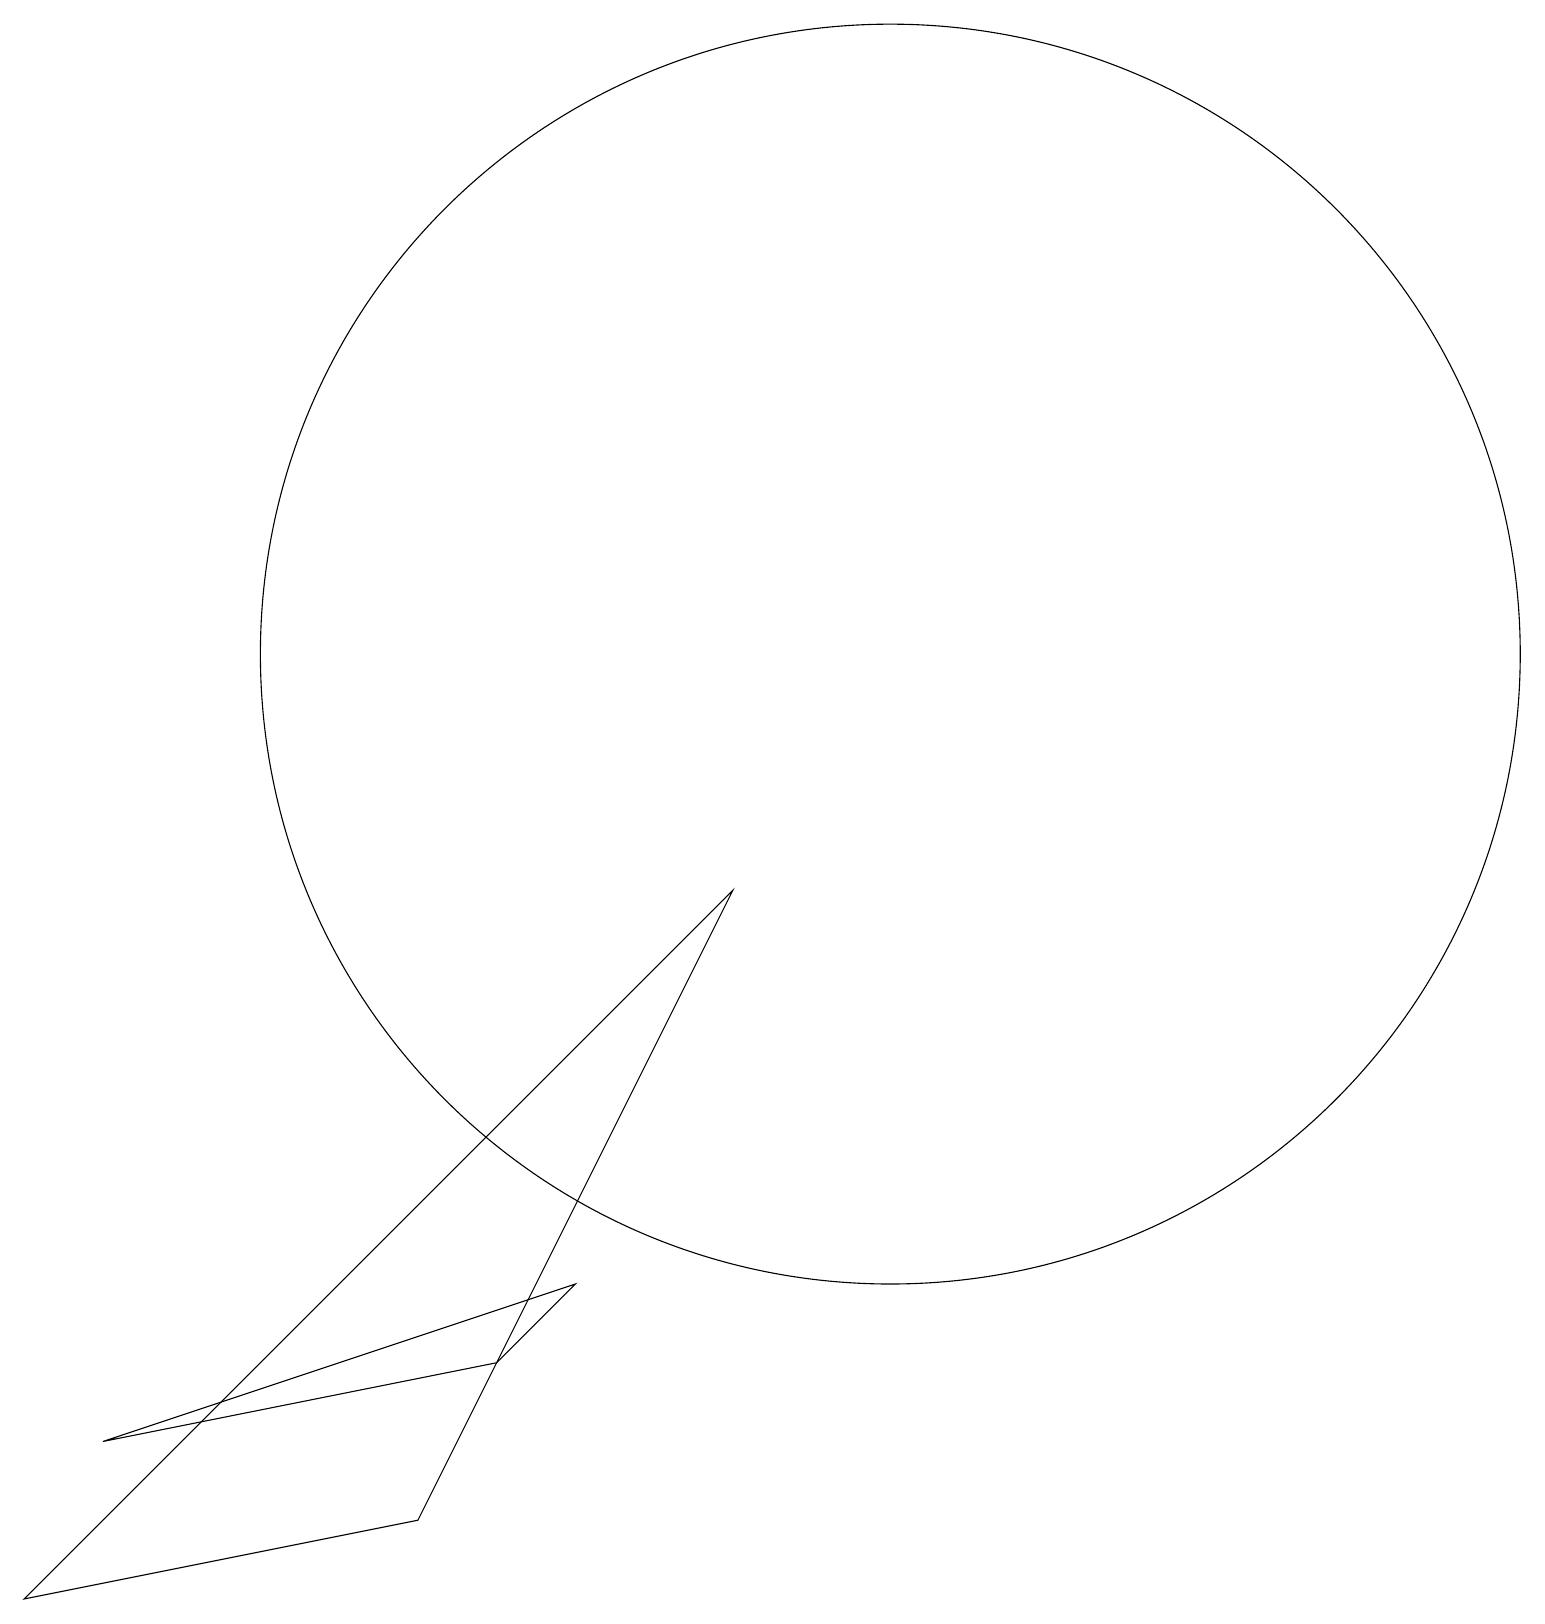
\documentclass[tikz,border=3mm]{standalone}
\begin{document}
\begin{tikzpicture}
\draw (1,2) -- (7,4) -- (6,3) -- cycle;
\draw (5,1) -- (9,9) -- (0,0) -- cycle;
\draw (11,12) circle (8);
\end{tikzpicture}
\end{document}